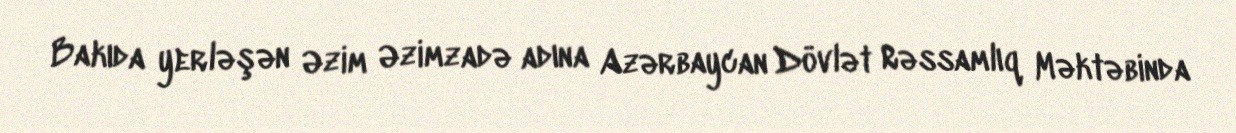
Bakıda yerləşən Əzim Əzimzadə adına Azərbaycan Dövlət Rəssamlıq Məktəbinda